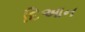
દિઆન